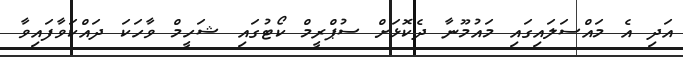
އަދި އެ މައްސަލައިގައި މައުމޫނާ ދެކޮޅަށް ސުޕްރީމް ކޯޓުގައި ޝަހީމް ވާހަކަ ދައްކަވާފައިވާ